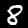
Digit: 8